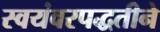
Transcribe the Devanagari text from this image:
स्वयंवरपद्धतीने